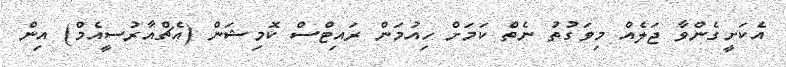
އެކަށީގެންވާ ޖަލެއް މިވަގުތު ނެތް ކަމަށް ހިއުމަން ރައިޓްސް ކޮމިޝަން (އެޗްއާރުސީއެމް) އިން